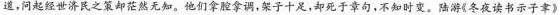
道，问起经世济民之策却茫然无知。他们拿腔拿调，架子十足，却死于章句，不知时变。陆游《冬夜读书示子聿》